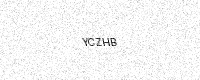
Text: YCZHB